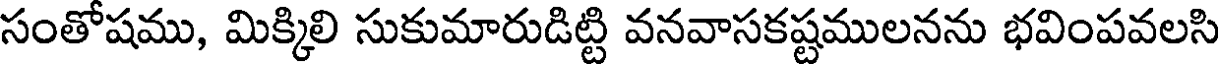
సంతోషము, మిక్కిలి సుకుమారుడిట్టి వనవాసకష్టములనను భవింపవలసి